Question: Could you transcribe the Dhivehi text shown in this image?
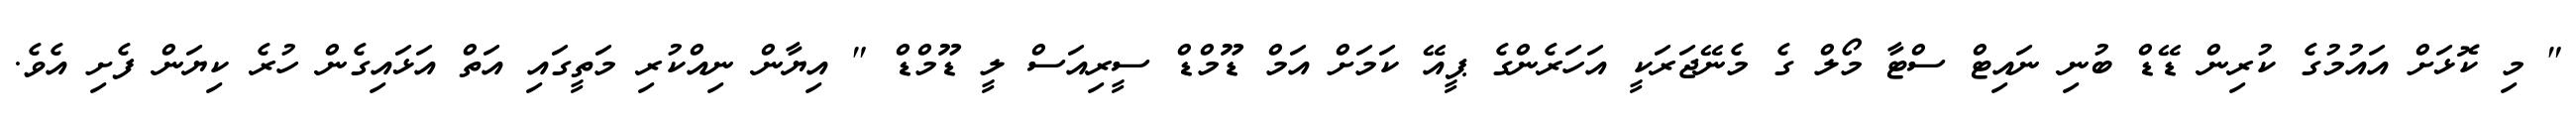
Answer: " މި ކޮޅަށް އައުމުގެ ކުރިން ޑޭޑް ބުނި ނައިޓް ސްޓާ މޯލް ގެ މެނޭޖަރަކީ އަހަރެންގެ ޕީއޭ ކަމަށް އަމް ޑޫމްޑް ސީރިއަސް ލީ ޑޫމްޑް " އިޔާން ނިއްކުރި މަތީގައި އަތް އަޅައިގެން ހުރެ ކިޔަން ފެށި އެވެ.